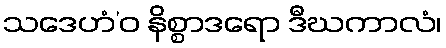
သဒေဟံ’ဝ နိစ္စာဒရော ဒီဃကာလံ၊